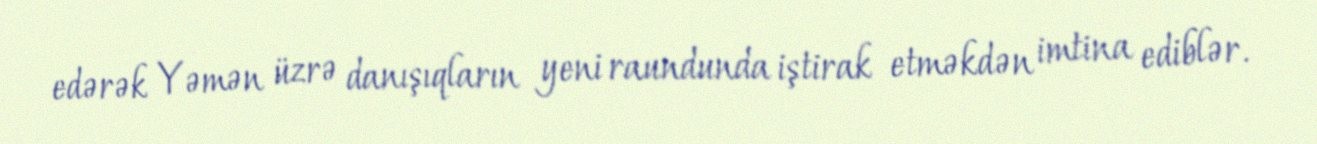
edərək Yəmən üzrə danışıqların yeni raundunda iştirak etməkdən imtina ediblər.